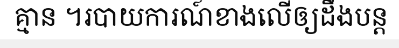
គ្មាន ។របាយការណ៍ខាងលើឲ្យដឹងបន្ត